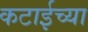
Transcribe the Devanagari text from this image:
कटाईच्या